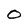
Character: O